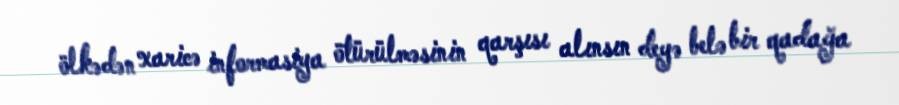
ölkədən xaricə informasiya ötürülməsinin qarşısı alınsın deyə belə bir qadağa